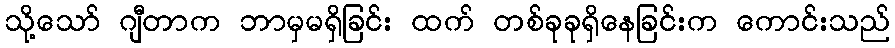
သို့သော် ဂျီတာက ဘာမှမရှိခြင်း ထက် တစ်ခုခုရှိနေခြင်းက ကောင်းသည်